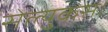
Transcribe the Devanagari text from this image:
सेल्युकस।